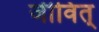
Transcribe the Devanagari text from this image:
जीवित्